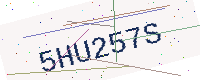
Text: 5HU257S